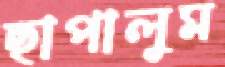
ছাপালুম